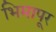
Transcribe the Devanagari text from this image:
भिमापूर